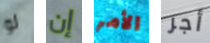
لو إن الأمر أجر